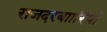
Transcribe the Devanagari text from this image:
राजदरबाारियों